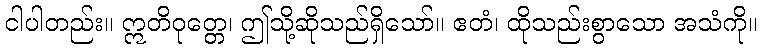
ငါပါတည်း။ ဣတိဝုတ္တေ၊ ဤသို့ဆိုသည်ရှိသော်။ ဧတံ၊ ထိုသည်းစွာသော အသံကို။